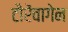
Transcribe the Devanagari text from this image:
टौरेंवागेन